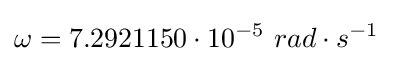
\omega =7.2921150\cdot 10^{-5}\ rad\cdot s^{-1}